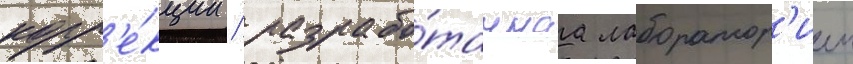
корр'е́кции / разрабо́таннаа лаборатор'иеи